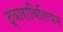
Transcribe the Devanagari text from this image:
द्वाराविलियम